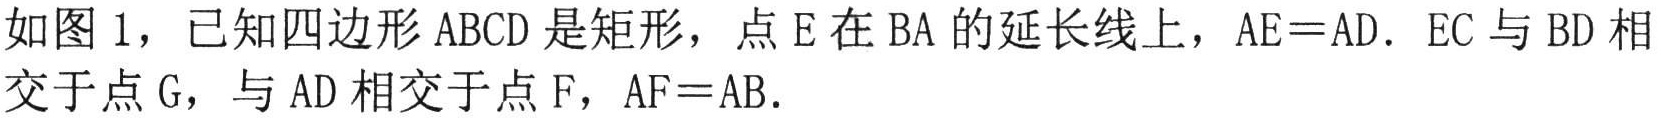
如图 1，已知四边形 \(ABCD\) 是矩形，点 \(E\) 在 \(BA\) 的延长线上，\(AE = AD\)。\(EC\) 与 \(BD\) 相交于点 \(G\)，与 \(AD\) 相交于点 \(F\)，\(AF = AB\)。